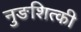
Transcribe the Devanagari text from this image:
नुङशित्की